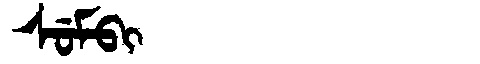
Manchu: ᠰᡠᠮᠪᡳ
Romanization: SUMBI